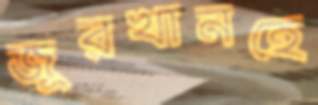
জুরখানহে